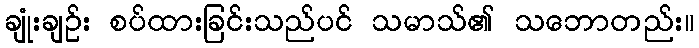
ချုံးချဉ်း စပ်ထားခြင်းသည်ပင် သမာသ်၏ သဘောတည်း။